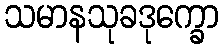
သမာနသုခဒုက္ခော